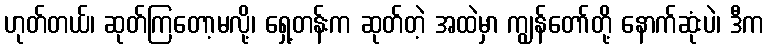
ဟုတ်တယ်၊ ဆုတ်ကြတော့မလို့၊ ရှေ့တန်းက ဆုတ်တဲ့ အထဲမှာ ကျွန်တော်တို့ နောက်ဆုံးပဲ၊ ဒီက